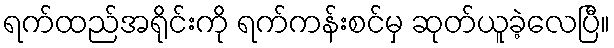
ရက်ထည်အရိုင်းကို ရက်ကန်းစင်မှ ဆုတ်ယူခဲ့လေပြီ။